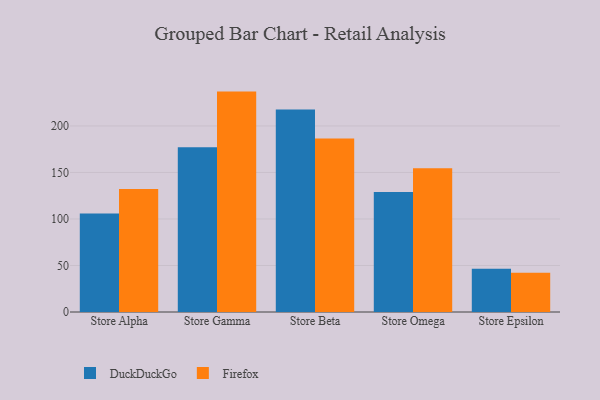
{"axis": {"x": "Store", "y": "Budget (USD K)"}, "legend": ["DuckDuckGo", "Firefox"], "data": [{"x": "Store Alpha", "y": 105.9, "type": "DuckDuckGo"}, {"x": "Store Alpha", "y": 132.3, "type": "Firefox"}, {"x": "Store Gamma", "y": 177.1, "type": "DuckDuckGo"}, {"x": "Store Gamma", "y": 236.9, "type": "Firefox"}, {"x": "Store Beta", "y": 217.6, "type": "DuckDuckGo"}, {"x": "Store Beta", "y": 186.5, "type": "Firefox"}, {"x": "Store Omega", "y": 128.9, "type": "DuckDuckGo"}, {"x": "Store Omega", "y": 154.5, "type": "Firefox"}, {"x": "Store Epsilon", "y": 46.6, "type": "DuckDuckGo"}, {"x": "Store Epsilon", "y": 42.2, "type": "Firefox"}]}